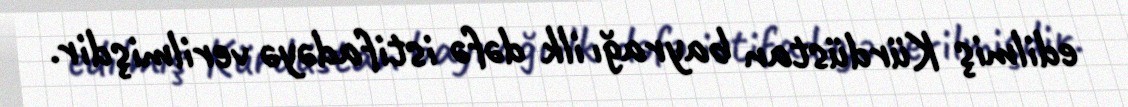
edilmiş Kürdüstan bayrağı ilk dəfə istifadəyə verilmişdir.